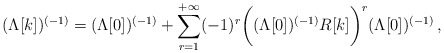
\begin{align*}(\Lambda[k])^{(-1)}=(\Lambda[0])^{(-1)}+\sum_{r=1}^{+\infty}(-1)^r \bigg((\Lambda[0])^{(-1)}R[k]\bigg)^r (\Lambda[0])^{(-1)}\, ,\end{align*}